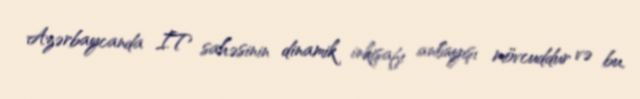
Azərbaycanda İT sahəsinin dinamik inkişafı anlayışı mövcuddur və bu,